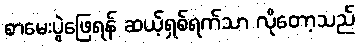
စာမေးပွဲဖြေရန် ဆယ့်ရှစ်ရက်သာ လိုတော့သည်